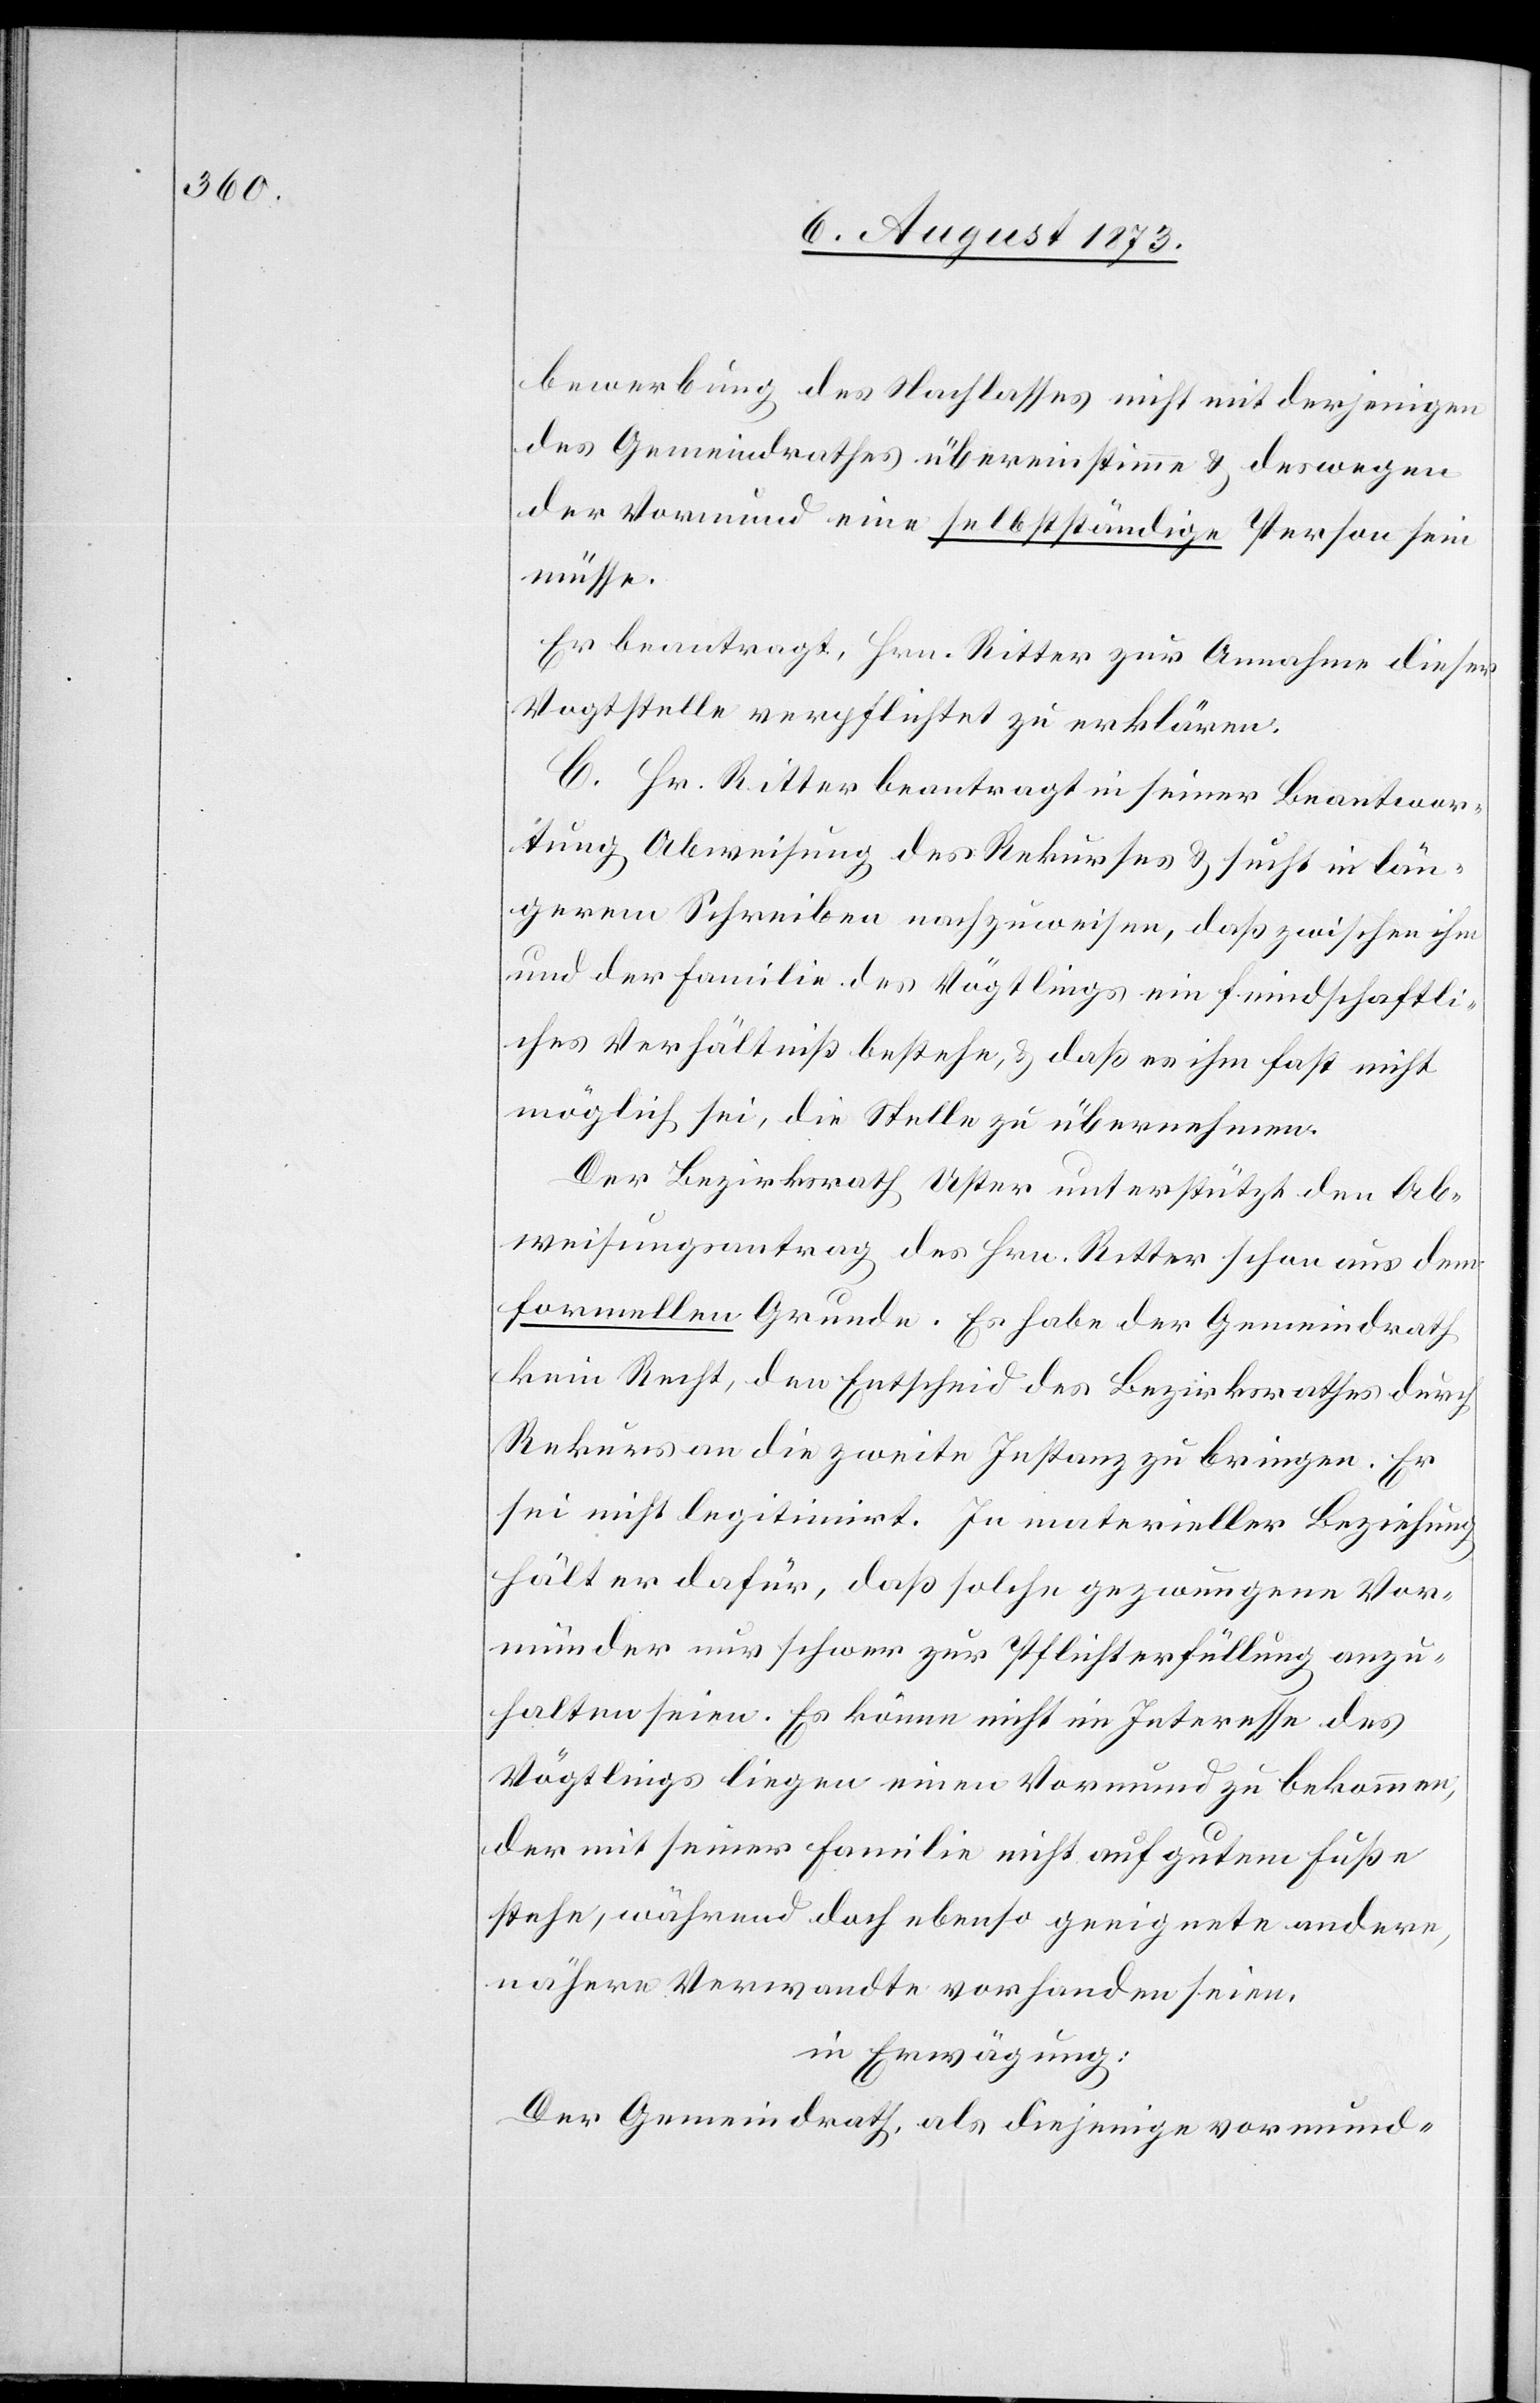
bewerbung des Nachlasses nicht mit derjenigen
des Gemeindrathes übereinstimme & deswegen
der Vormund eine selbstständige Person sein
müsse.
Es beantragt, Hrn. Ritter zur Annahme dieser
Vogtstelle verpflichtet zu erklären.
C. Hr. Ritter beantragt in seiner Beantwor¬
tung Abweisung des Rekurses & sucht in län¬
gerem Schreiben nachzuweisen, daß zwischen ihm
und der Familie des Vögtlings ein feindschaftli¬
ches Verhältniß bestehe, & daß es ihm fast nicht
möglich sei, die Stelle zu übernehmen.
Der Bezirksrath Uster unterstützt den Ab¬
weisungsantrag des Hrn. Ritter schon aus dem
formellen Grunde. Es habe der Gemeindrath
kein Recht, den Entscheid des Bezirksrathes durch
Rekurs an die zweite Instanz zu bringen. Er
sei nicht legitimirt. In materieller Beziehung
hält er dafür, daß solche gezwungene Vor¬
münder nur schwer zur Pflichterfüllung anzu¬
halten seien. Es könne nicht im Interesse des
Vögtlings liegen einen Vormund zu bekommen,
der mit seiner Familie nicht auf gutem Fuße
stehe, während doch ebenso geeignete andere,
nähere Verwandte vorhanden seien.
in Erwägung:
Der Gemeindrath, als diejenige vormund-